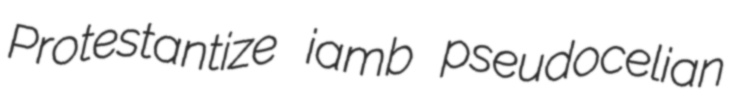
Protestantize iamb pseudocelian